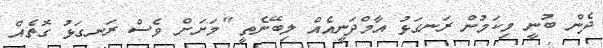
ދެން ބުނީ މިކަމުން ރަނގަޅު އާމްދަނީއެއް ލިބޭނެތީ "މަށަށް ވެސް ރަނގަޅު ގޮތެއް